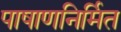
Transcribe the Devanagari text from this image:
पाषाणनिर्मित